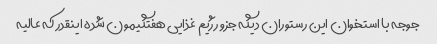
جوجه با استخوان این رستوران دیگه جزو رژیم غذایی هفتگیمون شده اینقدر که عالیه